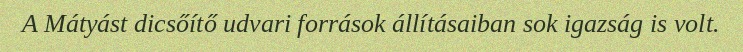
A Mátyást dicsőítő udvari források állításaiban sok igazság is volt.